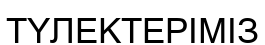
ТҮЛЕКТЕРІМІЗ